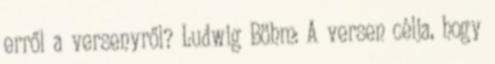
erről a versenyről? Ludwig Böhm: A versen célja, hogy